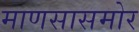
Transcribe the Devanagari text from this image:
माणसासमोर